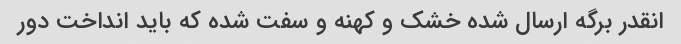
انقدر برگه ارسال شده خشک و کهنه و سفت شده که باید انداخت دور